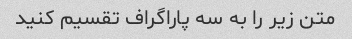
متن زیر را به سه پاراگراف تقسیم کنید